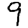
Digit: 9